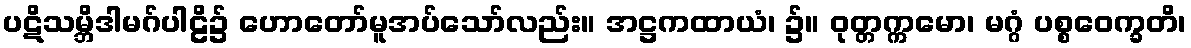
ပဋိသမ္ဘိဒါမဂ်ပါဠိ၌ ဟောတော်မူအပ်သော်လည်း။ အဋ္ဌကထာယံ၊ ၌။ ဝုတ္တက္ကမော၊ မဂ္ဂံ ပစ္စဝေက္ခတိ၊